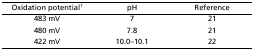
| Oxidation potential† | pH | Reference |
 | --- | --- | --- |
 | 483 mV | 7 | 21 |
 | 480 mV | 7.8 | 21 |
 | 422 mV | 10.0–10.1 | 22 |